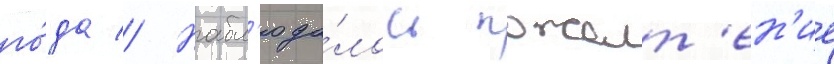
го́да // Набл'юда́лось пожелт'ен'ие